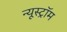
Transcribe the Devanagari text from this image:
न्यूस्ट्रॉम